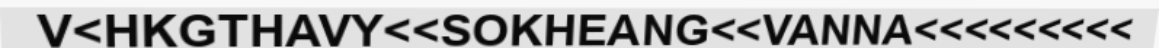
V<HKGTHAVY<<SOKHEANG<<VANNA<<<<<<<<<